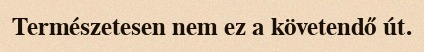
Természetesen nem ez a követendő út.